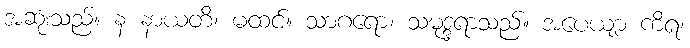
အဆုံးသည်။ န နာယတိ၊ မထင်။ သာဂရော၊ သမုဒ္ဒရာသည်။ အပေယျာ ကိရ၊